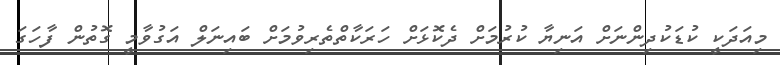
މިއަދަކީ ކުޑަކުދިންނަށް އަނިޔާ ކުރުމަށް ދެކޮޅަށް ހަރަކާތްތެރިވުމަށް ބައިނަލް އަގުވާމީ ގޮތުން ފާހަގަ